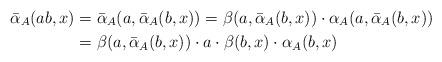
LaTeX: \begin{align*} \bar{\alpha}_A(ab, x)&=\bar{\alpha}_A(a, \bar{\alpha}_A(b, x))=\beta(a, \bar{\alpha}_A(b, x)) \cdot \alpha_{A}(a, \bar{\alpha}_A(b, x))\\ &=\beta(a, \bar{\alpha}_A(b, x)) \cdot a \cdot \beta(b, x) \cdot \alpha_{A}(b, x)\end{align*}